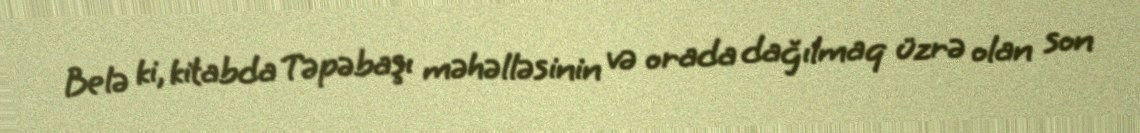
Belə ki, kitabda Təpəbaşı məhəlləsinin və orada dağılmaq üzrə olan son